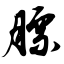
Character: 膘